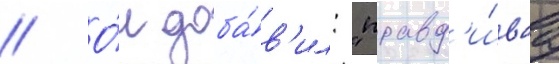
// О́н доба́в'ил: "правд'и́ваа